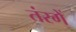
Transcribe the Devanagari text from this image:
तंरगें